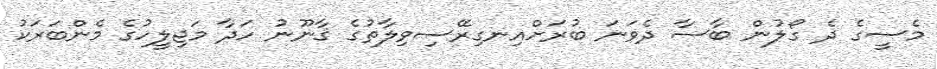
މެސީގެ ދެ ގޯލުން ބާސާ ދެވަނަ ބުރަށްއިނގިރޭސިވިލާތުގެ ޤާނޫނު ހަދާ މަޖިލީހުގެ މެންބަރަކު